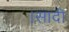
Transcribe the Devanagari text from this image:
।सादी